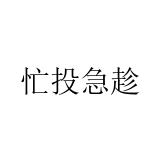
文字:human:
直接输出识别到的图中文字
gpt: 忙投急趁